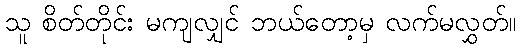
သူ စိတ်တိုင်း မကျလျှင် ဘယ်တော့မှ လက်မလွှတ်။